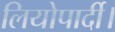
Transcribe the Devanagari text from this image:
लियोपार्दी।